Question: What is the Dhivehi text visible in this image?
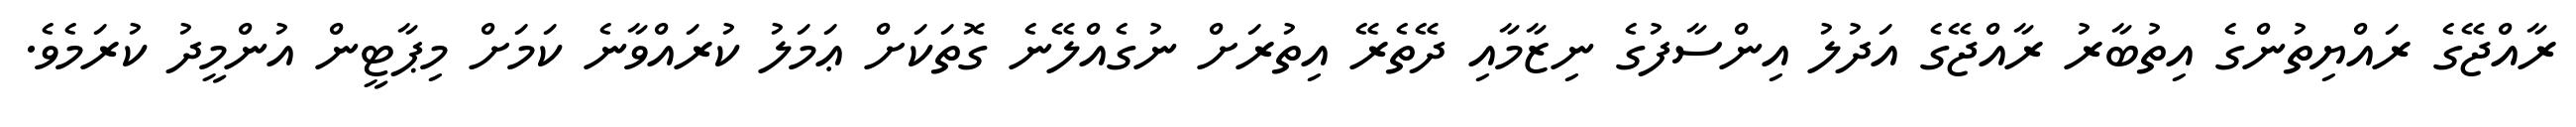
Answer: ރާއްޖޭގެ ރައްޔިތުންގެ އިތުބާރު ރާއްޖޭގެ އަދުލު އިންސާފުގެ ނިޒާމާއި ދޭތެރޭ އިތުރަށް ނުގެއްލޭނެ ގޮތަކަށް ޢަމަލު ކުރައްވާނެ ކަމަށް މިޕާޓީން އުންމީދު ކުރަމެވެ.